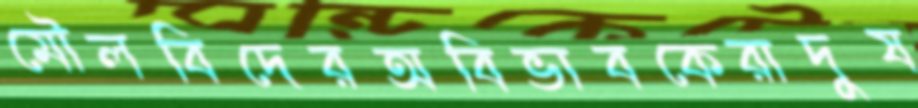
মৌলবিদেরঅবিভাবকেরাদুষ